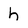
Character: h